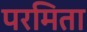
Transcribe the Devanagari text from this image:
परमिता